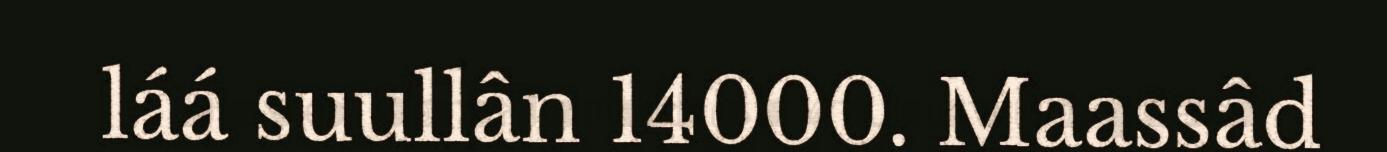
láá suullân 14000. Maassâd